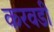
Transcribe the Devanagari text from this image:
करवडी